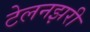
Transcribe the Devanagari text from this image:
टेलनझरी